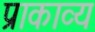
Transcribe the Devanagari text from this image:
प्राकाव्य